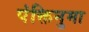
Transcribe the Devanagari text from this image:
पंक्तिनुमा